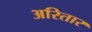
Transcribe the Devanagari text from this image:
अरितार